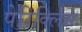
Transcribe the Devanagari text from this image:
पेरिक्लिस